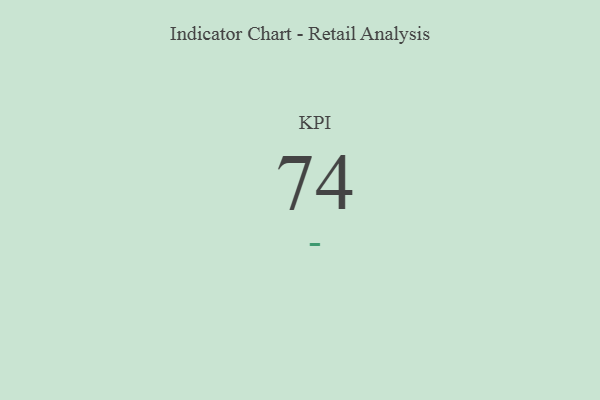
{"axis": {"x": "KPI", "y": "Value"}, "legend": [""], "data": [{"x": "KPI", "y": 74, "type": ""}]}